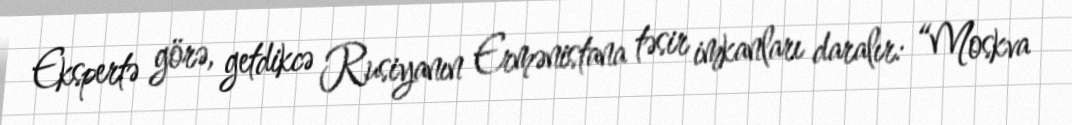
Ekspertə görə, getdikcə Rusiyanın Ermənistana təsir imkanları daralır: “Moskva